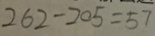
2 6 2 - 2 0 5 = 5 7